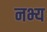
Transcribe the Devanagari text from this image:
नभ्य